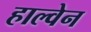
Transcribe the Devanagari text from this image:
हाल्वेन